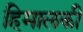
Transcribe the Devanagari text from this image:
हिमालकी